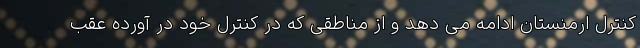
کنترل ارمنستان ادامه می دهد و از مناطقی که در کنترل خود در آورده عقب